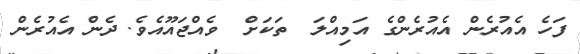
ފަހެ އެއުރެން އެއުރެންގެ އަމިއްލަ  ތަކަށް  ވެއްޖައޫއެވެ. ދެން އެއުރެން